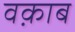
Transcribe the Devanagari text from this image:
वक़ाब